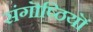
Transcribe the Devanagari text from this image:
संगॊष्ठियॊं